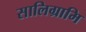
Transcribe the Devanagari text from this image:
सालिग्रामि